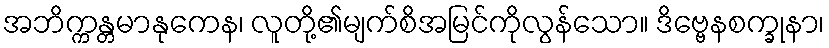
အဘိက္ကန္တမာနုကေန၊ လူတို့၏မျက်စိအမြင်ကိုလွန်သော။ ဒိဗ္ဗေနစက္ခုနာ၊